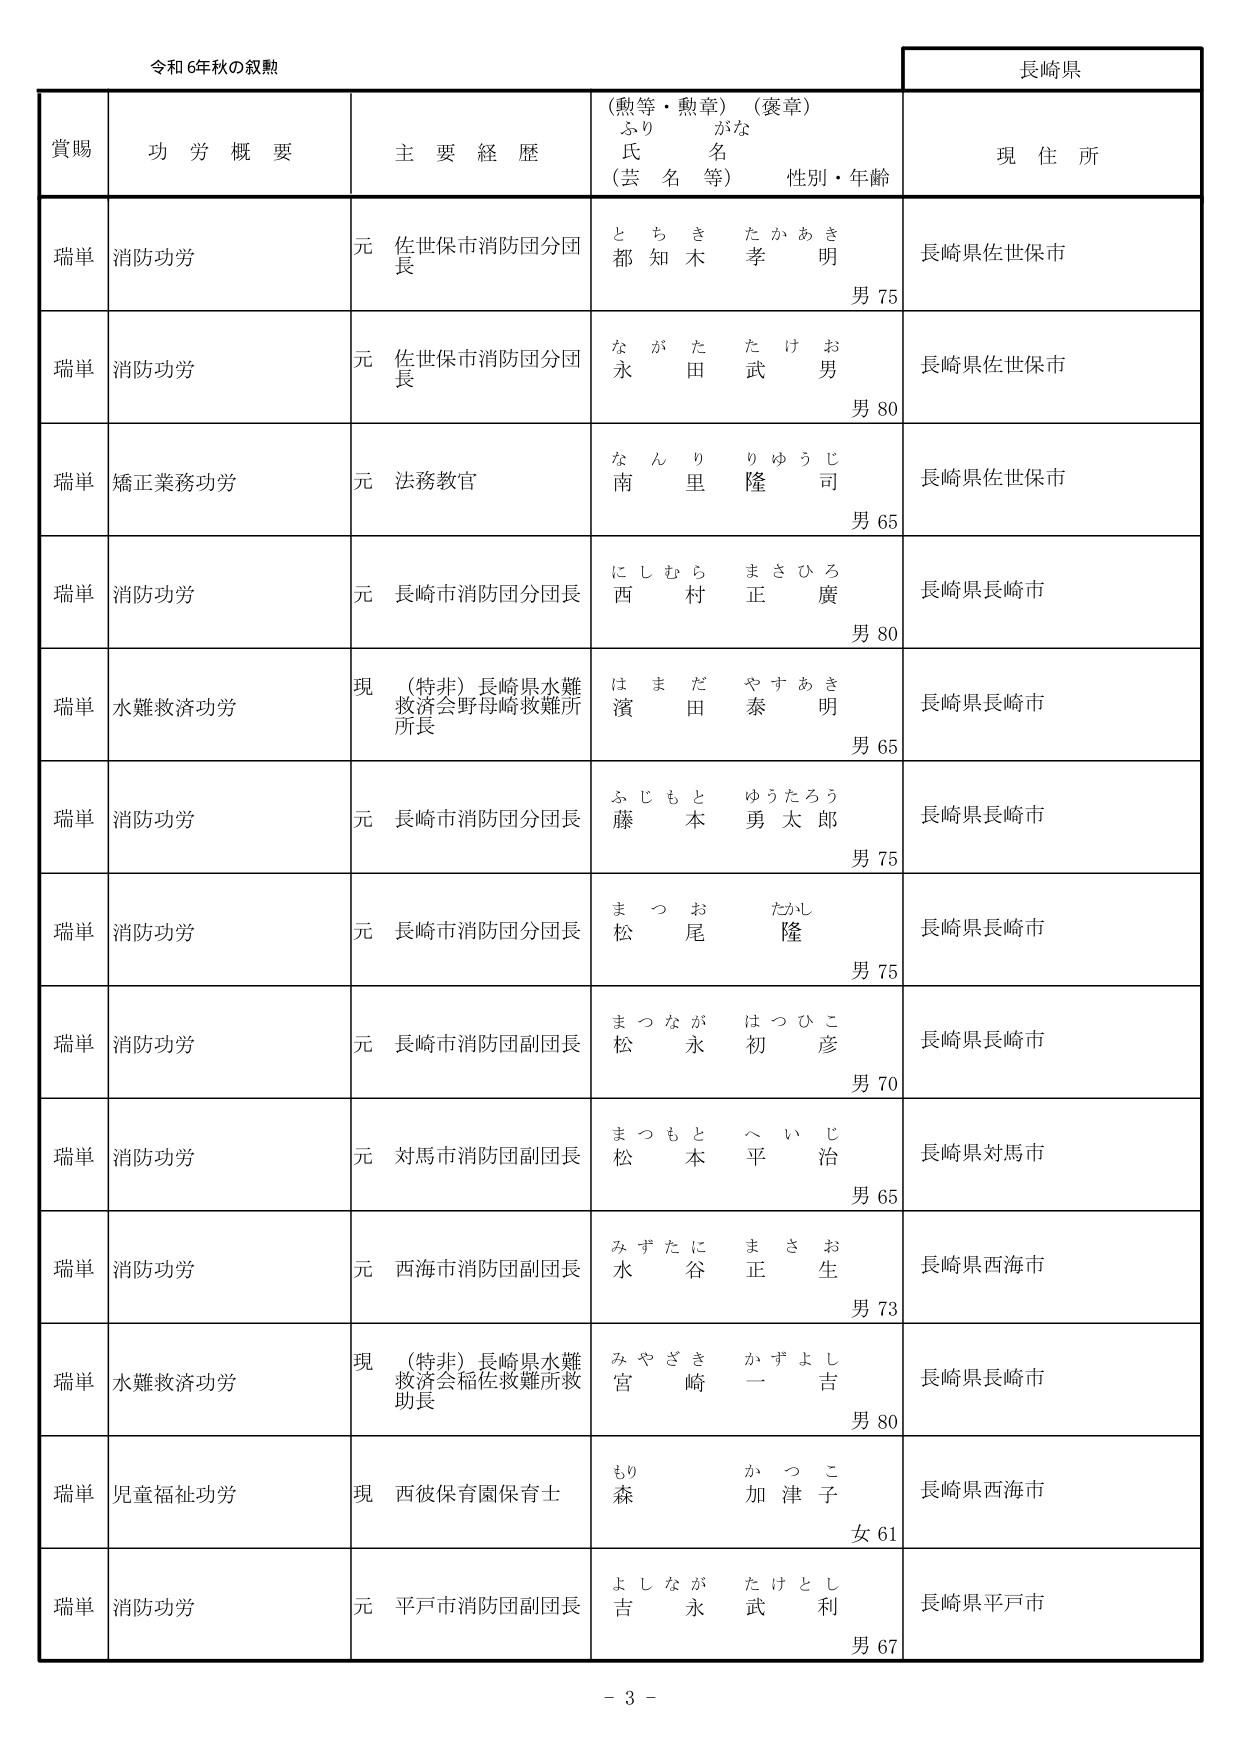
令和6年秋の叙勲

長崎県

賞賜　功労概要　主要経歴　（勲等・勲章）（褒章）　ふりがな　氏名（芸名等）　性別・年齢　現住所

瑞単　消防功労　元　佐世保市消防団分団長　都知木　孝明　男75　長崎県佐世保市

瑞単　消防功労　元　佐世保市消防団分団長　永田　武男　男80　長崎県佐世保市

瑞単　矯正業務功労　元　法務教官　南里　隆司　男65　長崎県佐世保市

瑞単　消防功労　元　長崎市消防団分団長　西村　正廣　男80　長崎県長崎市

瑞単　水難救済功労　現　（特非）長崎県水難救済会野母崎救難所長　濱田　泰明　男65　長崎県長崎市

瑞単　消防功労　元　長崎市消防団分団長　藤本　勇太郎　男75　長崎県長崎市

瑞単　消防功労　元　長崎市消防団分団長　松尾　隆　男75　長崎県長崎市

瑞単　消防功労　元　長崎市消防団副団長　松永　初彦　男70　長崎県長崎市

瑞単　消防功労　元　対馬市消防団副団長　松本　平治　男65　長崎県対馬市

瑞単　消防功労　元　西海市消防団副団長　水谷　正生　男73　長崎県西海市

瑞単　水難救済功労　現　（特非）長崎県水難救済会稲佐救難所救助長　宮崎　一吉　男80　長崎県長崎市

瑞単　児童福祉功労　現　西彼保育園保育士　森　加津子　女61　長崎県西海市

瑞単　消防功労　元　平戸市消防団副団長　吉永　武利　男67　長崎県平戸市

－3－